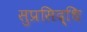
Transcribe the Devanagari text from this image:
सुप्रसिद्धि